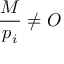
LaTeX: { \frac { M } { p _ { i } } } \neq O